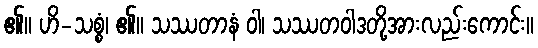
၏။ ဟိ-သစ္စံ၊ ၏။ သဿတာနံ ဝါ၊ သဿတဝါဒတို့အားလည်းကောင်း။